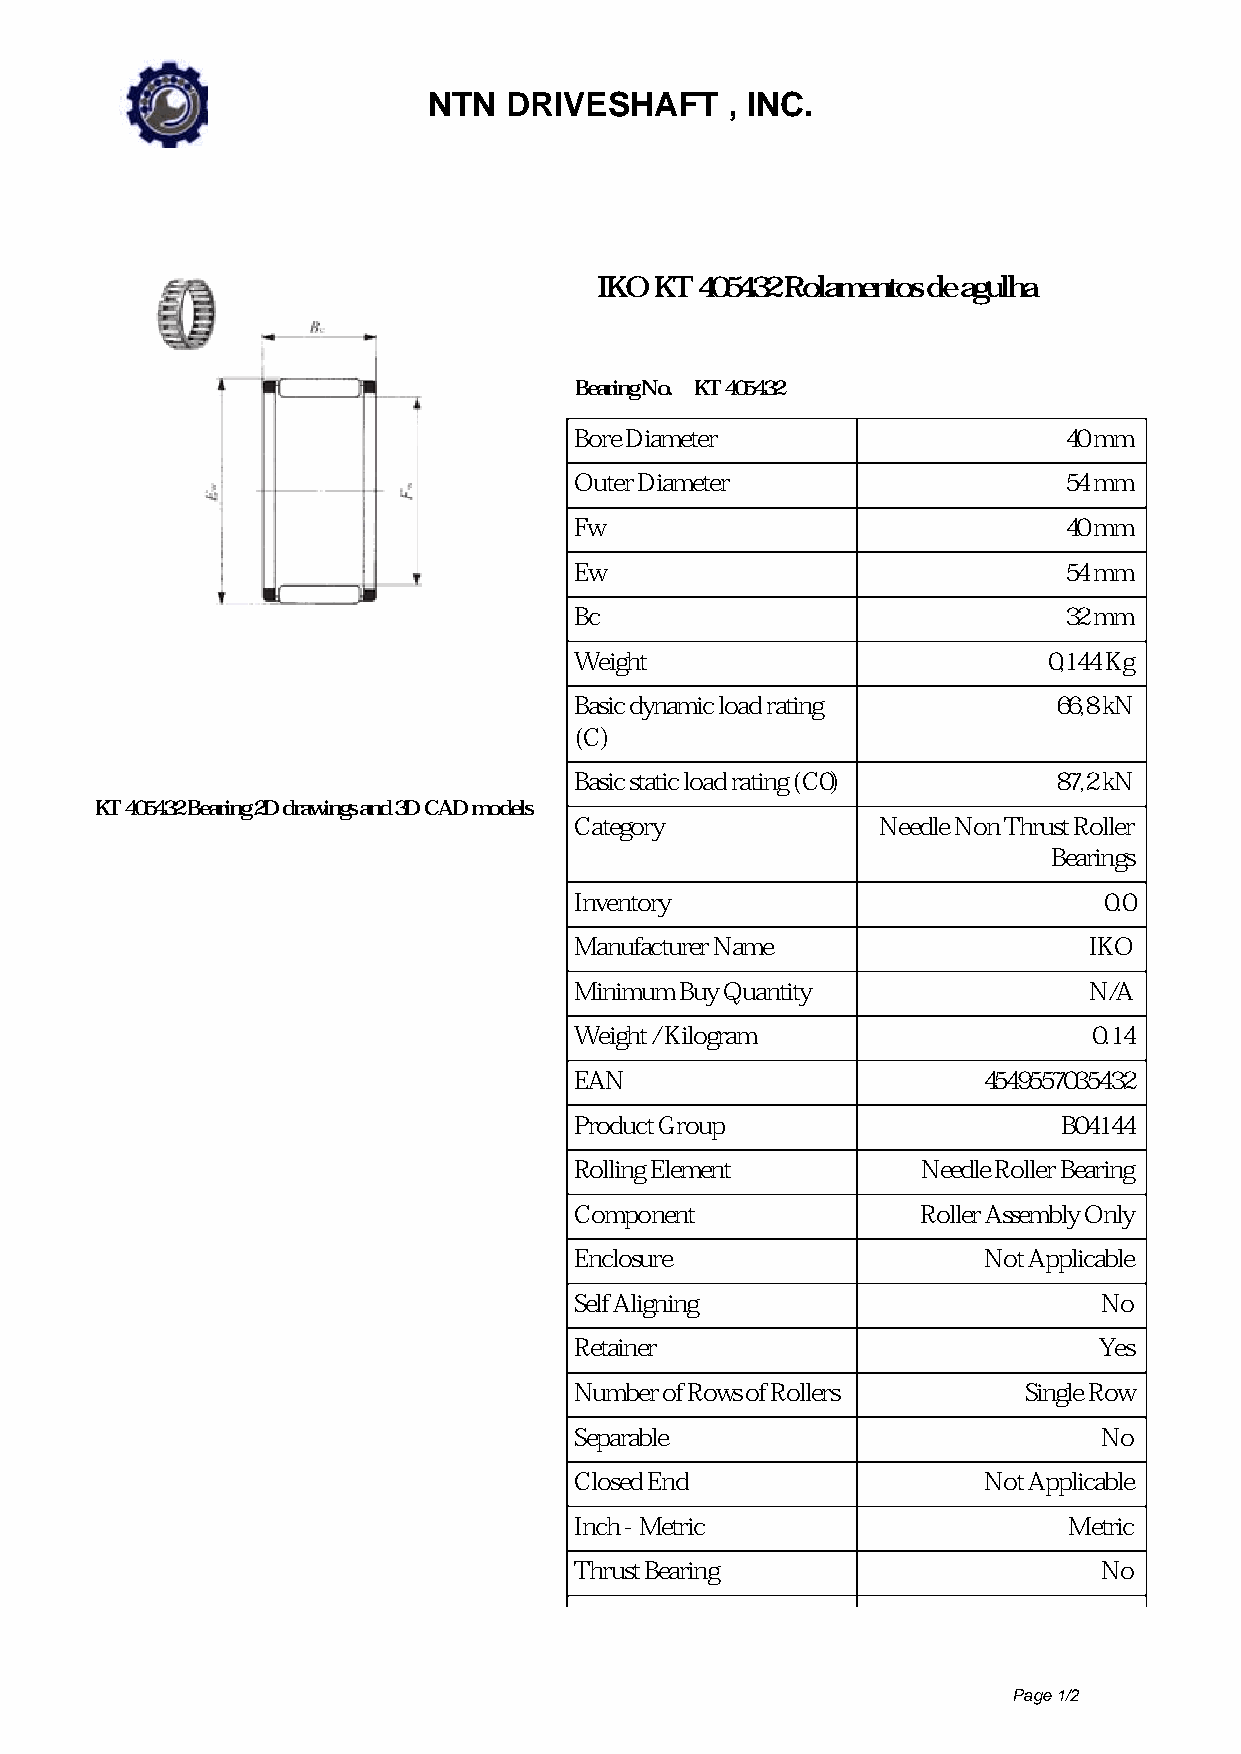
NTN  DRIVESHAFT     , INC.
 IKO KT 405432 Rolamentos de agulha
 Bearing No. KT 405432
 Bore Diameter                   40 mm
 Outer Diameter                  54 mm
 Fw                              40 mm
 Ew                              54 mm
 Bc                              32 mm
 Weight                         0,144 Kg
 Basic dynamic load rating       66,8 kN
 (C)
 Basic static load rating (C0)   87,2 kN
 KT 405432 Bearing 2D drawings and 3D CAD models
 Category            Needle Non Thrust Roller
 Bearings
 Inventory                          0.0
 Manufacturer Name                 IKO
 Minimum Buy Quantity              N/A
 Weight / Kilogram                 0.14
 EAN                        4549557035432
 Product Group                   B04144
 Rolling Element        Needle Roller Bearing
 Component              Roller Assembly Only
 Enclosure                  Not Applicable
 Self Aligning                      No
 Retainer                           Yes
 Number of Rows of Rollers     Single Row
 Separable                          No
 Closed End                 Not Applicable
 Inch - Metric                    Metric
 Thrust Bearing                     No
 Page 1/2